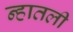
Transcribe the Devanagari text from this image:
न्हातली